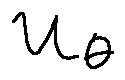
u _ { \theta }